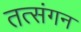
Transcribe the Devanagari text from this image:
तत्संगन